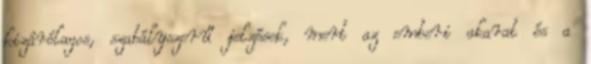
kizárólagos, szabályszerű jelzések, mert az emberi akarat és a